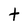
Character: t